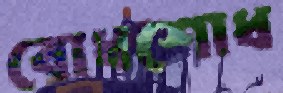
বোধশোধ